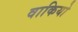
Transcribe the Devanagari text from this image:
वाकियो